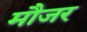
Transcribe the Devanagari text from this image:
मौजर